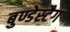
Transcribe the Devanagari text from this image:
बुण्डेस्टैग